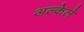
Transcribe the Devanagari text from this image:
अल्केले